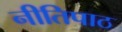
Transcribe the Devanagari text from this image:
नीतिपाठ